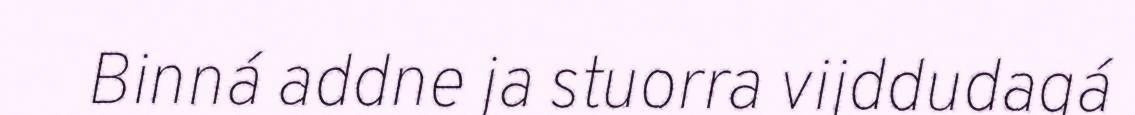
Binná addne ja stuorra vijddudagá